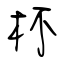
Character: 杯